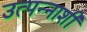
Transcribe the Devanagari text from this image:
उत्पन्नाशी